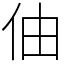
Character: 伷